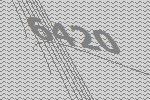
6420